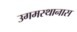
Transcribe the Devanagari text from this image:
उगमस्थानास